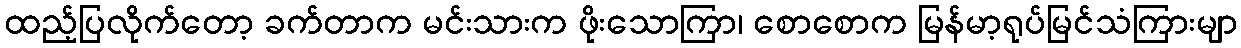
ထည့်ပြလိုက်တော့ ခက်တာက မင်းသားက ဖိုးသောကြာ၊ စောစောက မြန်မာ့ရုပ်မြင်သံကြားမျာ